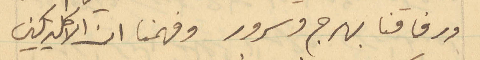
ورفاقنا بهرج وسرور وفهمنا ان الاكليريكيين